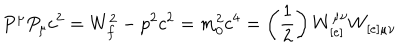
P ^ { \mu } P _ { \mu } c ^ { 2 } = W _ { f } ^ { 2 } - p ^ { 2 } c ^ { 2 } = m _ { 0 } ^ { 2 } c ^ { 4 } = \left( \frac { 1 } { 2 } \right) W _ { [ e ] } ^ { \mu \nu } W _ { [ e ] \mu \nu }